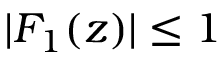
| F _ { 1 } ( z ) | \le 1